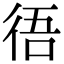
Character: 𢓲